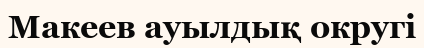
Макеев ауылдық округі